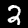
Digit: 2